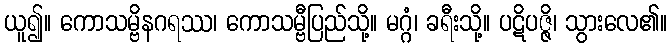
ယူ၍။ ကောသမ္ဗိနဂရဿ၊ ကောသမ္ဗီပြည်သို့။ မဂ္ဂံ၊ ခရီးသို့။ ပဋိပဇ္ဇိ၊ သွားလေ၏။